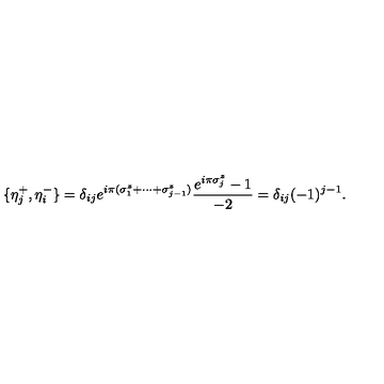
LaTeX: \{ \eta _ { j } ^ { + } , \eta _ { i } ^ { - } \} = \delta _ { i j } e ^ { i \pi ( \sigma _ { 1 } ^ { z } + \cdots + \sigma _ { j - 1 } ^ { z } ) } \frac { e ^ { i \pi \sigma _ { j } ^ { z } } - 1 } { - 2 } = \delta _ { i j } ( - 1 ) ^ { j - 1 } .